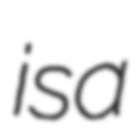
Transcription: is a